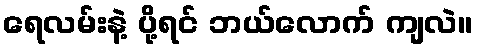
ရေလမ်းနဲ့ ပို့ရင် ဘယ်လောက် ကျလဲ။